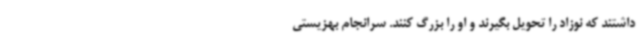
داشتند که نوزاد را تحویل بگیرند و او را بزرگ کنند. سرانجام بهزیستی